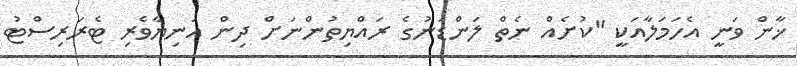
ޚާން ވަނީ އެހަމަލާއަކީ "ކުށެއް ނެތް ލަންޑަނުގެ ރައްޔިތުންނަށް ދިން އަނިޔާވެރި ޓެރަރިސްޓު